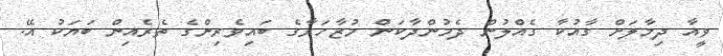
ވީއާ ދިމާލަށް ގާއުކާ ގެއްލުން ދެމުންދާކަން މުޒާހަރާގެ ބައިވެރިންގެ ތެރެއިން ބަޔަކު އޭ.